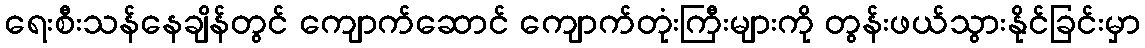
ရေးစီးသန်နေချိန်တွင် ကျောက်ဆောင် ကျောက်တုံးကြီးများကို တွန်းဖယ်သွားနိုင်ခြင်းမှာ